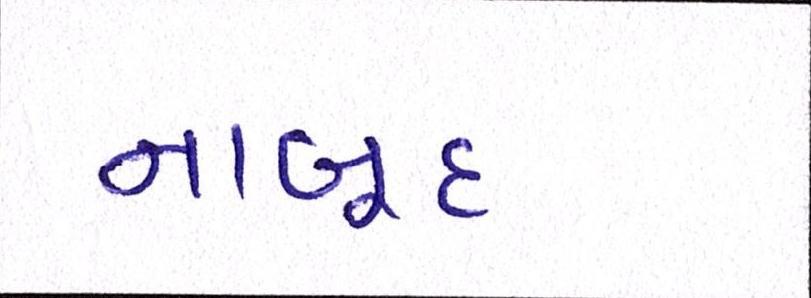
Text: નાબૂદ